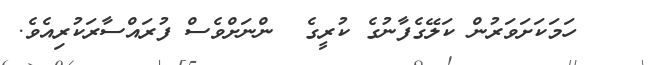
ހަމަކަށަވަރުން ކަލޭގެފާނުގެ ކުރީގެ  ންނަށްވެސް ފުރައްސާރަކުރިއެވެ.